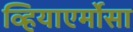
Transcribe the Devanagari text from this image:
व्हियाएर्मोसा